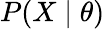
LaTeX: P(X\mid\theta)